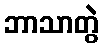
ဘာသာတွဲ